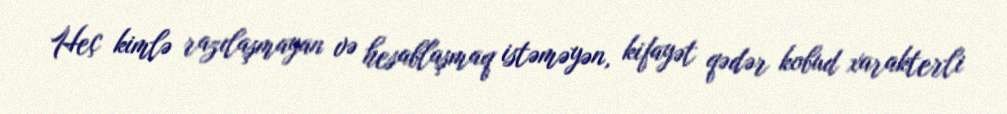
Heç kimlə razılaşmayan və hesablaşmaq istəməyən, kifayət qədər kobud xarakterli